Vao_vallavalitsus, lk 24
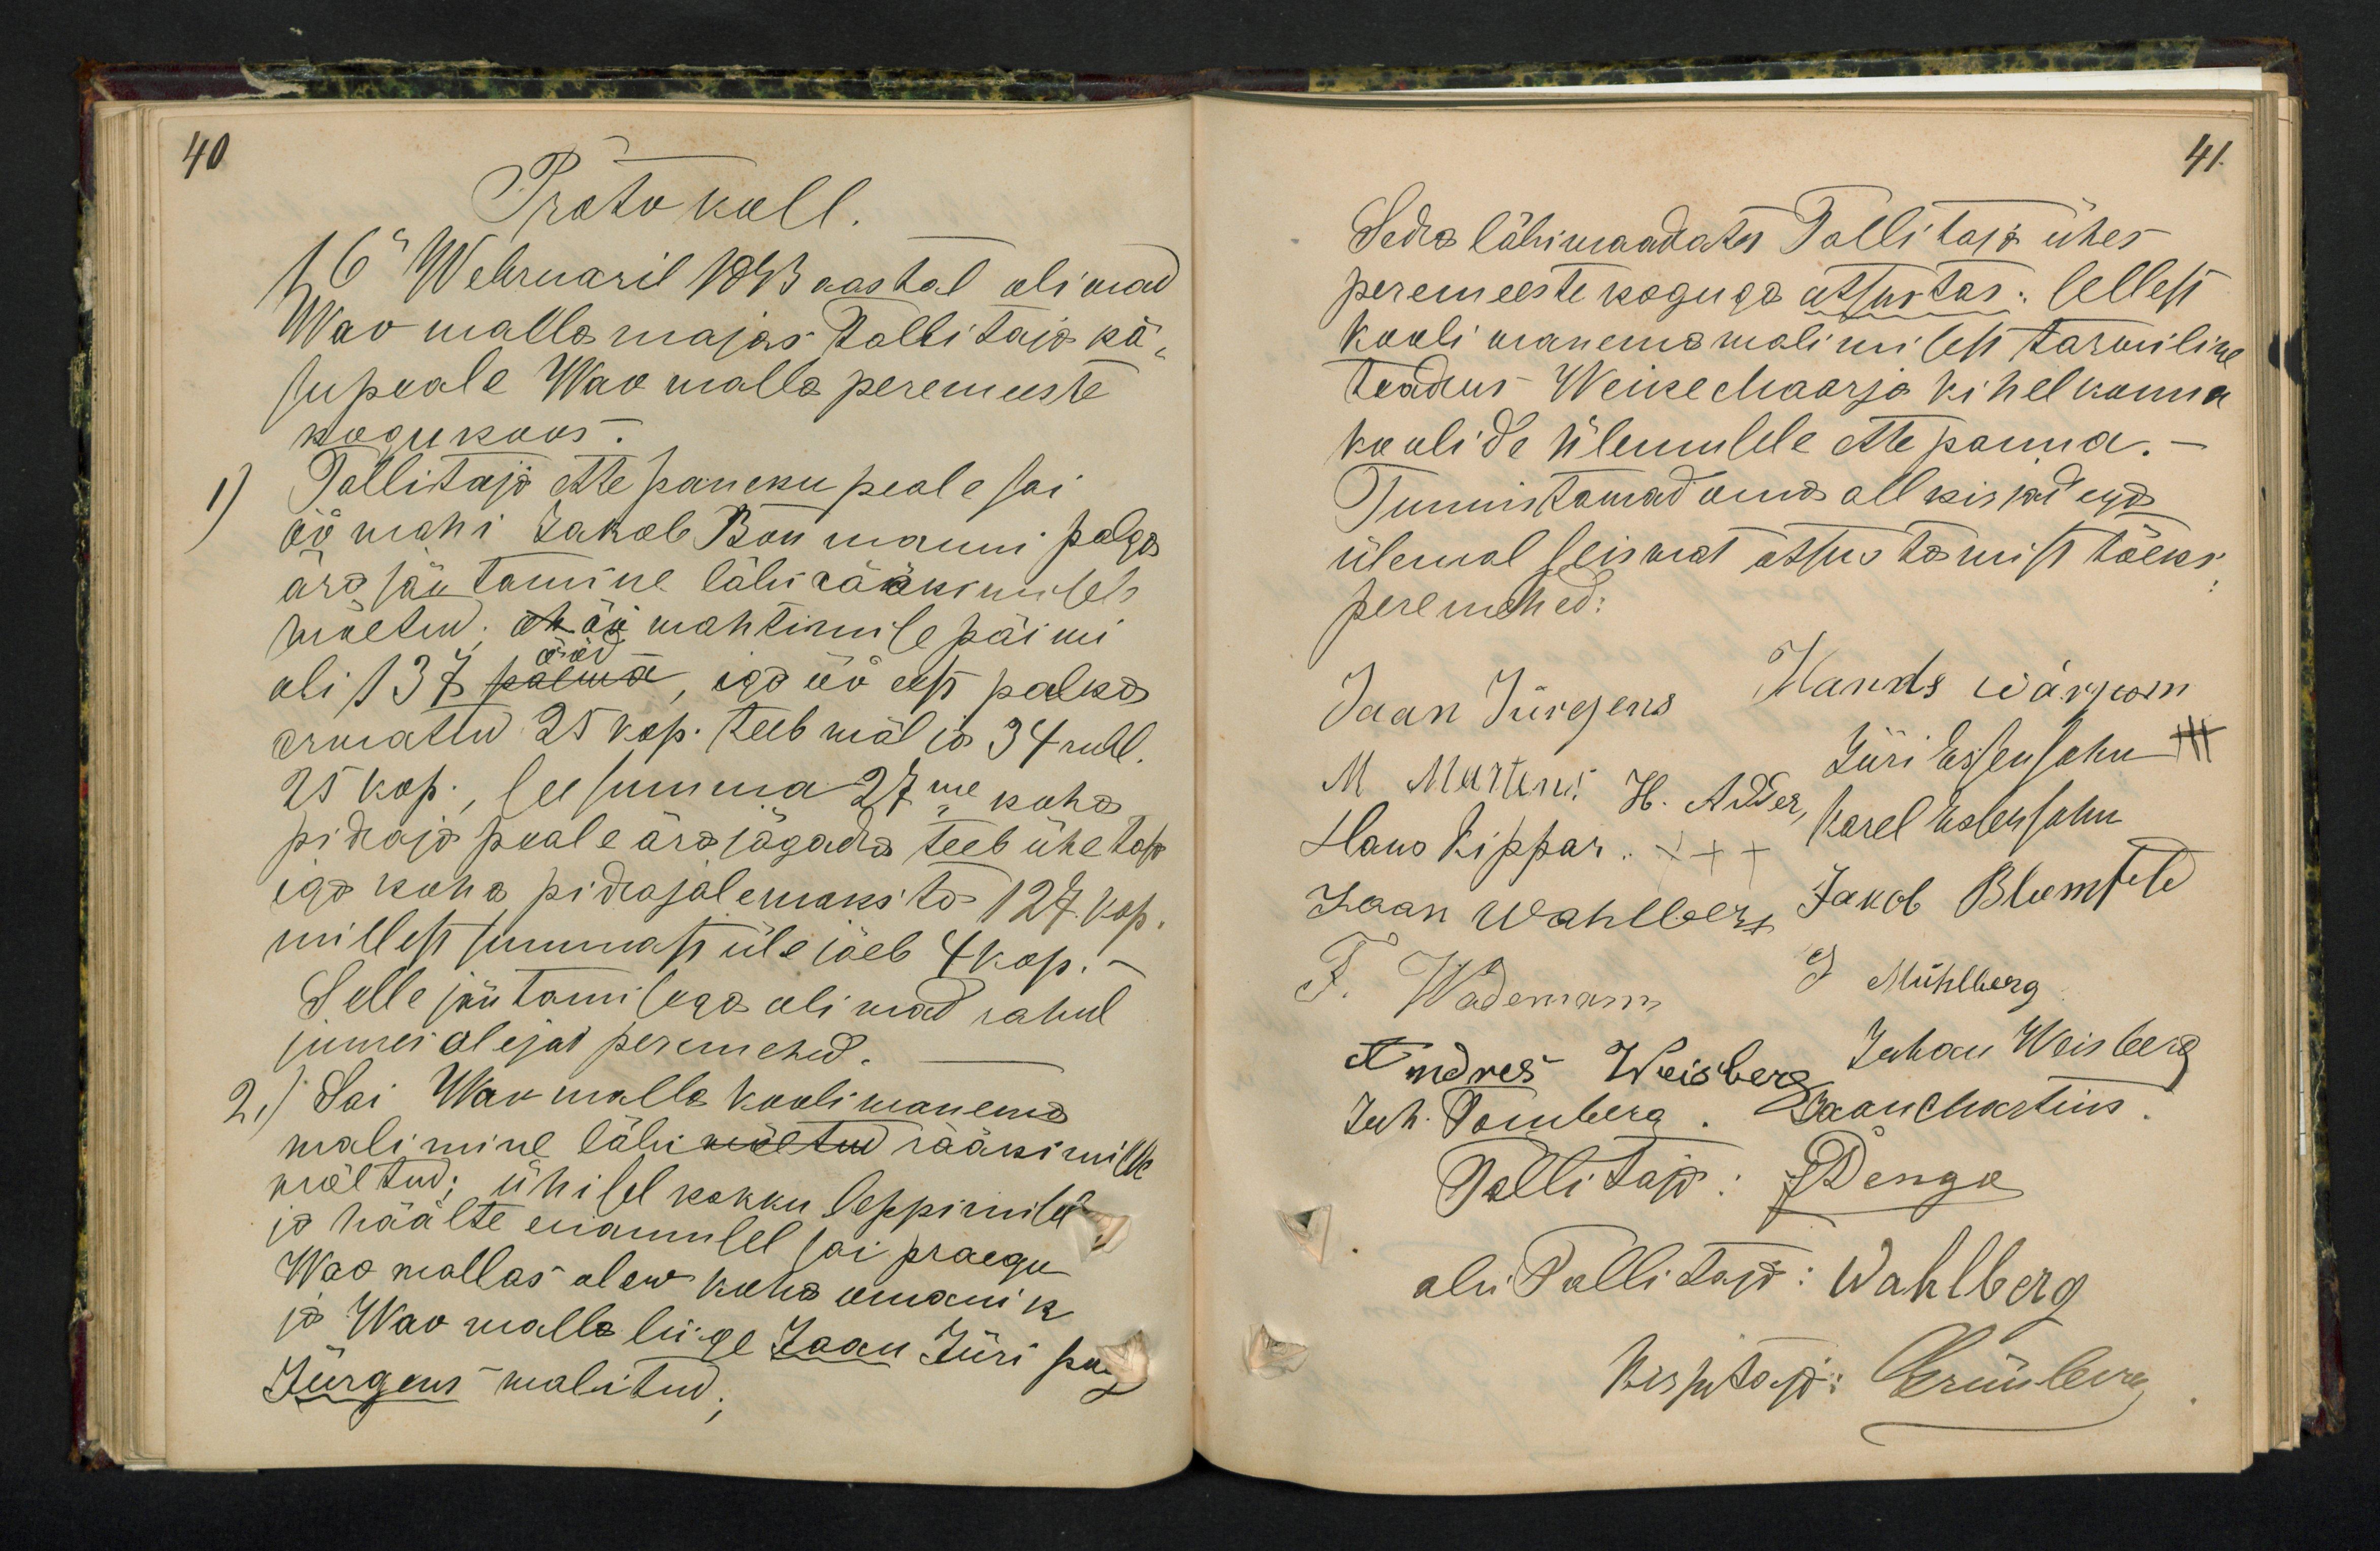
40
Protokoll.
16 Webruaril 1893 aastal oliwad
Wao walla majas Tallitaja kä
supeale Wao walla peremeeste
kogu koos.
1)
Tallitaja ette paneku peale sai
ööwahi Jakob Baumanni palga
ära jäutamine läbi rääkimiseks
wõetud. Öö wahtimise päiwi-
oli 137 ööd, ega öö eest palka
arwattu 25 kop. teeb wälia 34 rubl.
25 kop. see summa 27me koha
pidaja peale ära jägada teeb ühe kop-
iga koha pidajale maksta 127 kop.
millest summats üle jäeb 4 kop.
Selle jäutamisega oliwad rahul
juuresolejad peremehed.
2.) Sai Wao walle kooli wanema
walimine läbi rääkimisele
wõetud: ühisel kokku leppimisel
ja häälte enamusel sai praegu
Wao mallas olew koha omanik
ja Wao walla liige Jaan Jüri poeg
Jürgens malitud.

41.
Seda läbiwaadates Tallitaja ühes
peremeeste koguga otsustas: Sellest
kooli wanema walimisest tarwiline
teadus Weike Maarja kihelkonna
koolide ülemusele ettepanna.-
Tunnistawad oma allkirjadega
ülemal seiswat otsustamist tõeks
peremehed:
Jaan Jürgens Hands Wärjum
Jüri Essensohn
M. Martens H. Adder
Karel Essensohn
Hans Kippar XXX
Jakob Blumfeld
Jaan Wahlberg
J Mühlberg
J. Wademann
Andres Weisberg Juhan Weisberg
Juh. Tomberg, Jaan Martins
Tallitaja: J. Denga
abi Tallitaja: Wahlberg
Kirjutaja: Grünberg